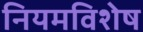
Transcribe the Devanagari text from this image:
नियमविशेष